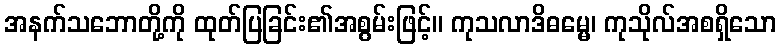
အနက်သဘောတို့ကို ထုတ်ပြခြင်း၏အစွမ်းဖြင့်။ ကုသလာဒိဓမ္မေ၊ ကုသိုလ်အစရှိသော